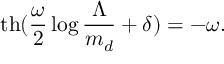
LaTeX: \mathrm { t h } ( \frac { \omega } { 2 } \log \frac { \Lambda } { m _ { d } } + \delta ) = - \omega .